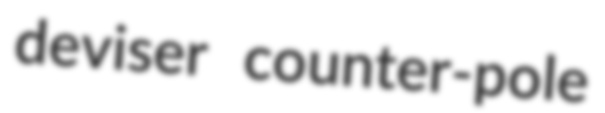
deviser counter-pole